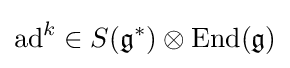
\mathrm {ad} ^{k}\in S({\mathfrak {g}}^{\ast })\otimes \mathrm {End} ({\mathfrak {g}})